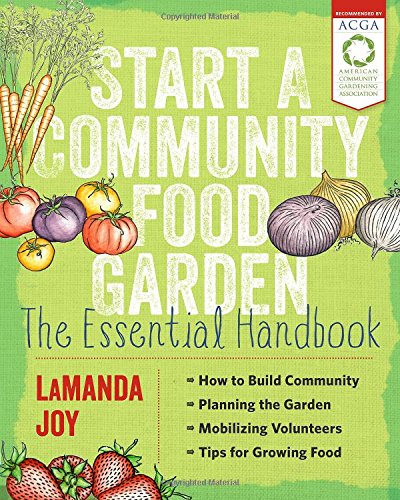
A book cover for Start a Community Food Garden: The Essential Handbook; LaManda Joy; Crafts, Hobbies & Home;